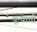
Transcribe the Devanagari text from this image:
चून्याची